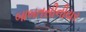
બાબતસીનીયર